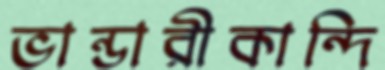
ভান্ডারীকান্দি